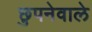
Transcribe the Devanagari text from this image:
छुपनेवाले